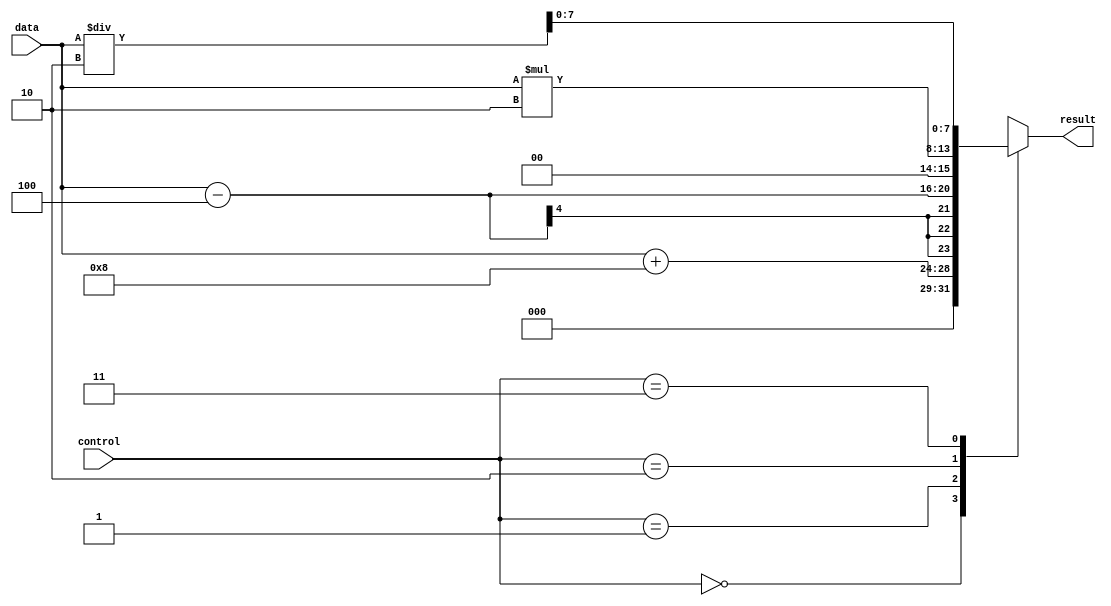
module full_case_statement (
    input wire [1:0] control,
    input wire [3:0] data,
    output reg [7:0] result
);

always @(*)
begin
    case(control)
        2'b00: result <= data + 8;
        2'b01: result <= data - 4;
        2'b10: result <= data * 2;
        2'b11: result <= data / 2;
        default: result <= data;
    endcase
end

endmodule